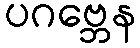
ပဂဗ္ဘေန